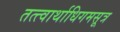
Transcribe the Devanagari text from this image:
तत्त्वार्थाधिगमसूत्र